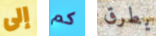
إلى كم يطرق